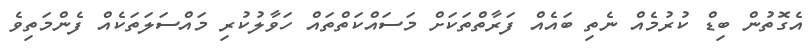
އެގޮތުން ބިޑް ކުރުމެއް ނެތި ބައެއް ފަރާތްތަކަށް މަސައްކަތްތައް ހަވާލުކުރި މައްސަލަތަކެއް ފެންމަތިވެ